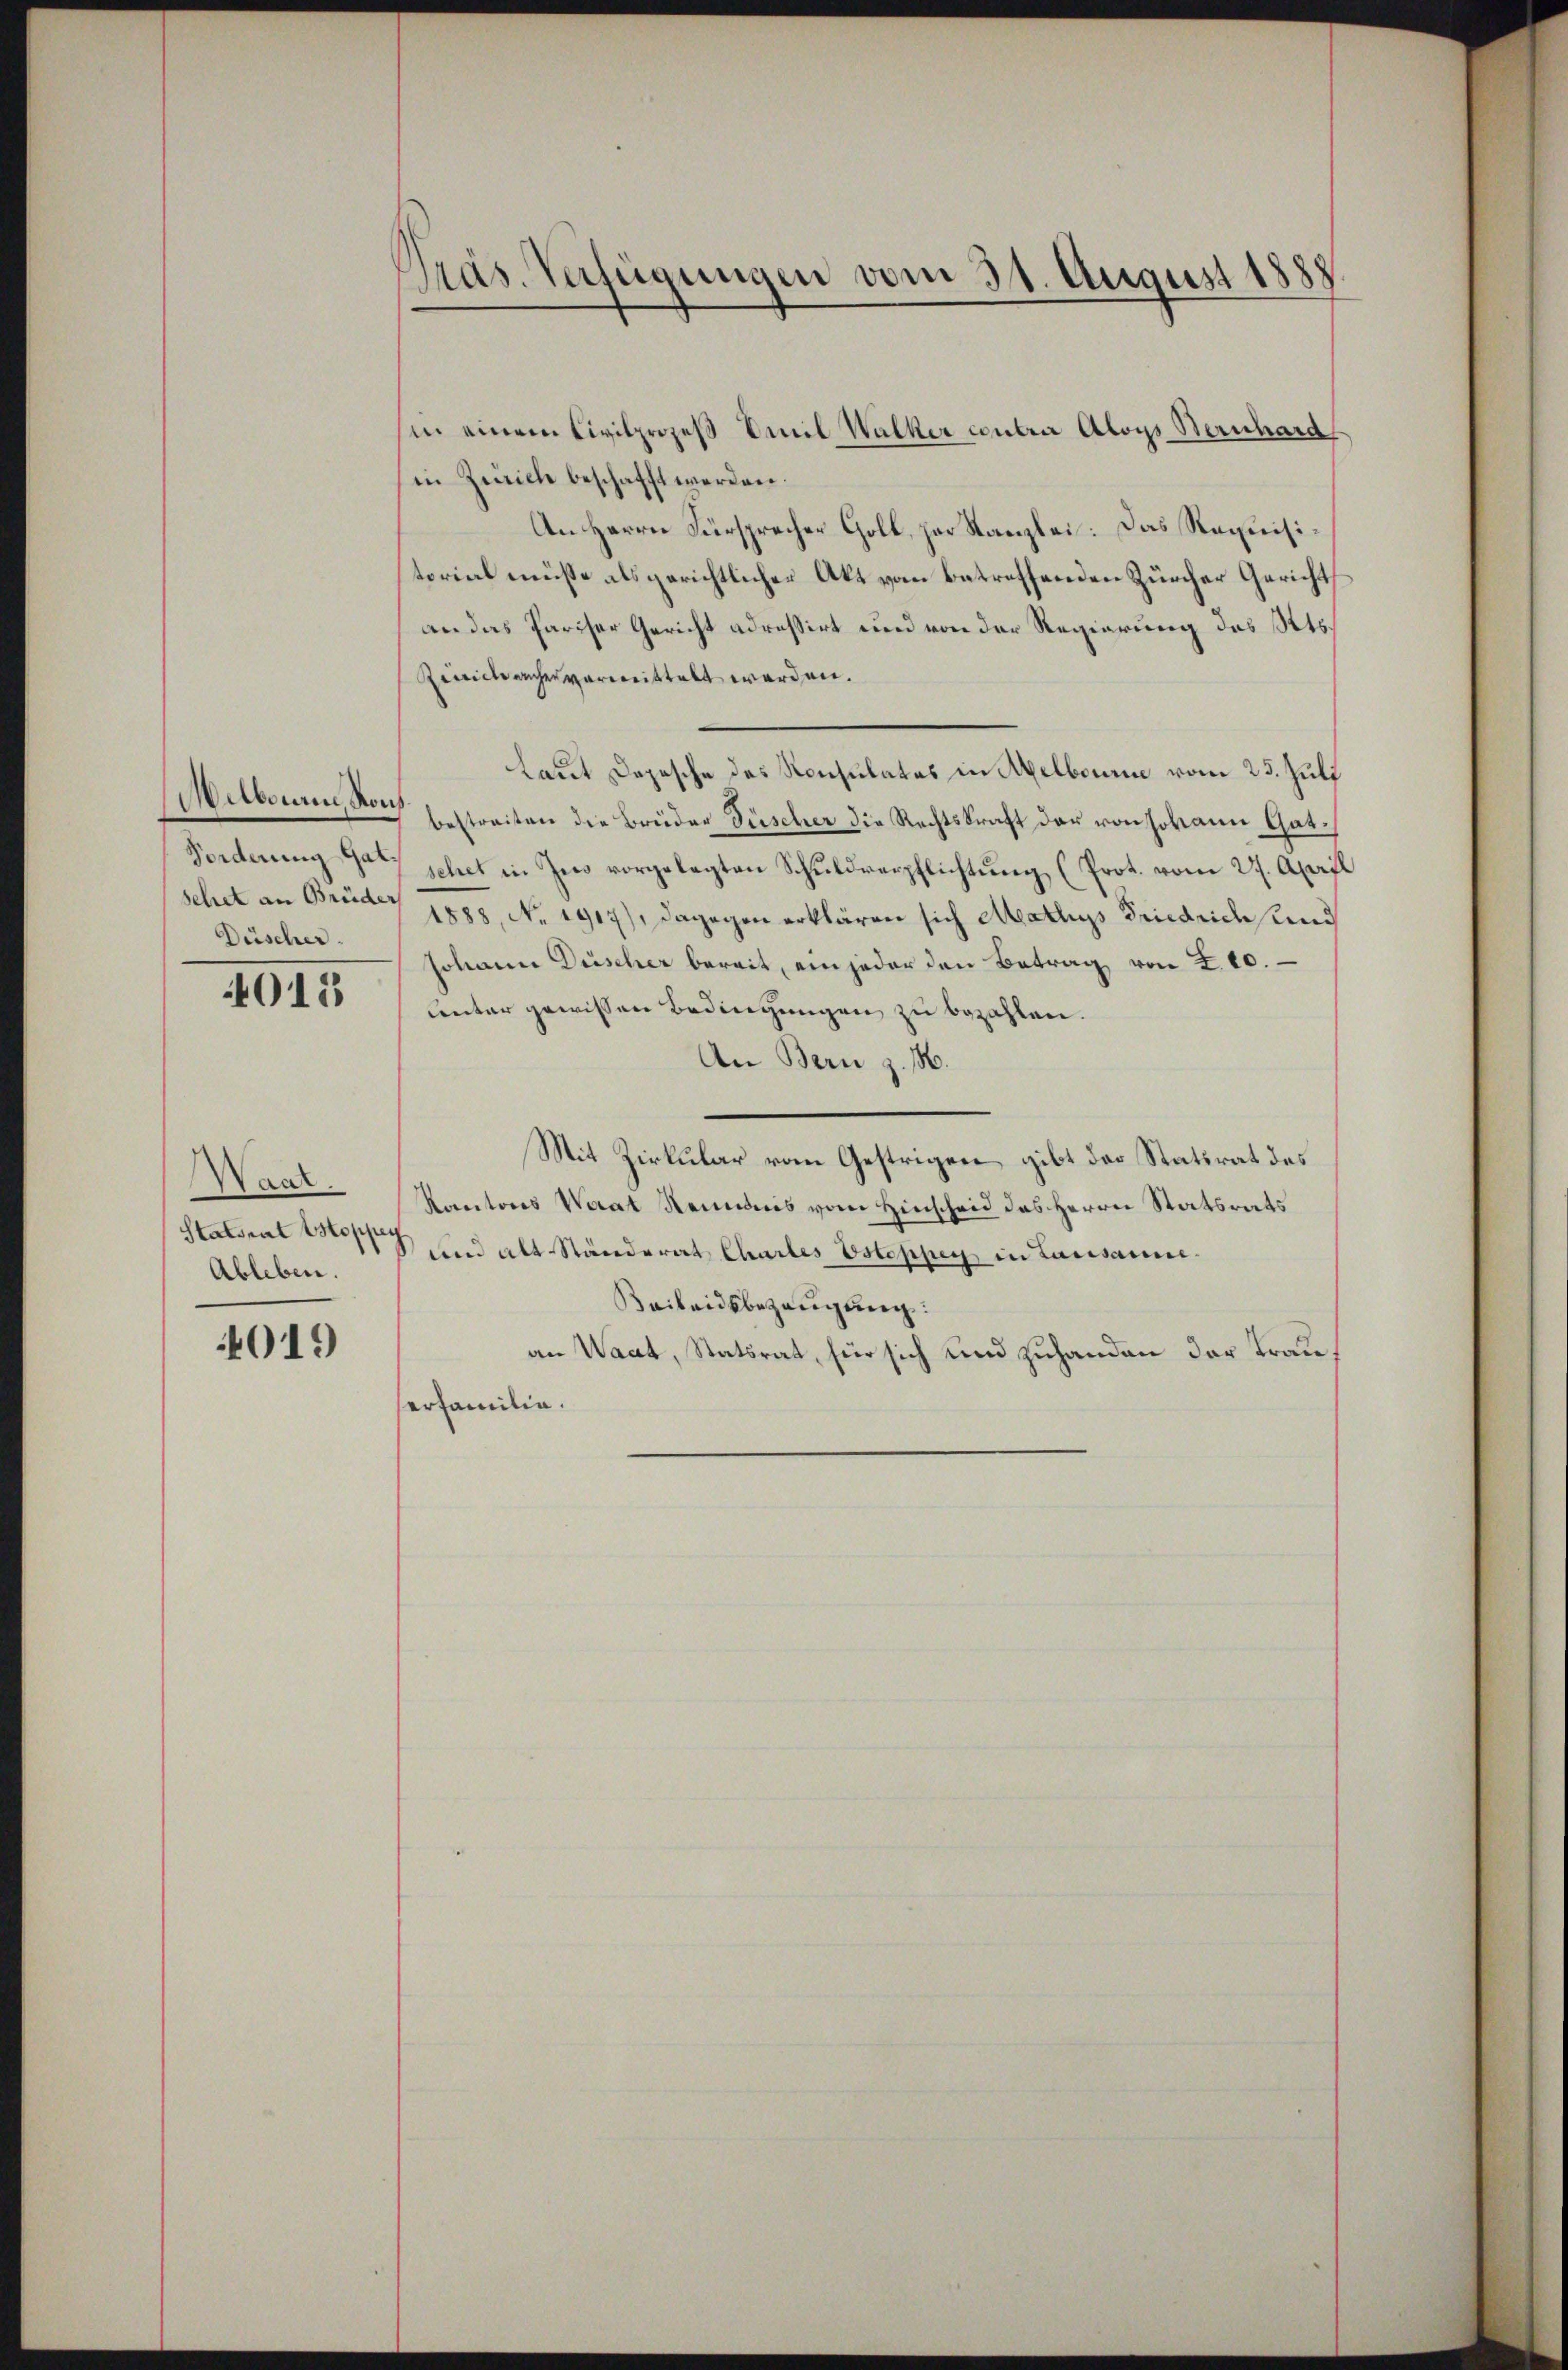
Forderung Gat
Düscher.

4013

Waal.
Statsrat Estoppey
Ableben.
4019)

in einem Civilprozeß Emil Walker contra Aloys Bernhard
in Zeich beschafft werden.
An Herrn Fürsprecher Goll, zur Kanzlei: Das Requisitorial meiste als gerichtlicher Akt vom betreffenden Zürcher Gericht
an das Pariser Gericht adressirt und von der Regierung des Kts.
Remich aucher vermittelt werden.
Laut Depesche des Konsulates in Abelbourie vom 25. Juli
Melborn, von Estreiten die Brüder Füscher die Rechtskraft der von Johann Gatsehet in Jes vorgelegten Schuldverpflichtung (Prot. vom 27. April
schet an Brust 1888, No. 1917), dagegen erklären sich Mathyss Friedrich und
Johann Duscher bereit, ein jeder den Betrag von 200.
unter gewissen Bedingungen zu bezahlen.
An Bern z. M.
Mit Zirkular vom Gestrigen gibt des Statsrat des
Kantons Waat Renntnis vom Hinscheid des Herrn Statsrats
und alt Ständerat Chartes Estoppen in Lausanne.
Beibendsbezeugung:
an Waat, Statsrat, für sich und zuhanden der Trauserfamilia.

Präs. Verfügungen vom 31. August 1888.